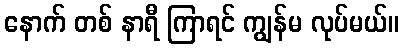
နောက် တစ် နာရီ ကြာရင် ကျွန်မ လုပ်မယ်။